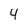
Character: 4